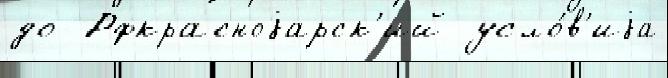
до  Рфкрасноjарск'ий усло́в'иjа